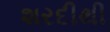
શરદીથી